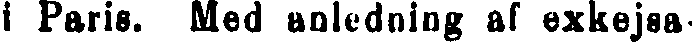
i Paris. Med anledning af exkejsa-